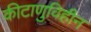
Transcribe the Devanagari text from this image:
कीटाणुविहीन